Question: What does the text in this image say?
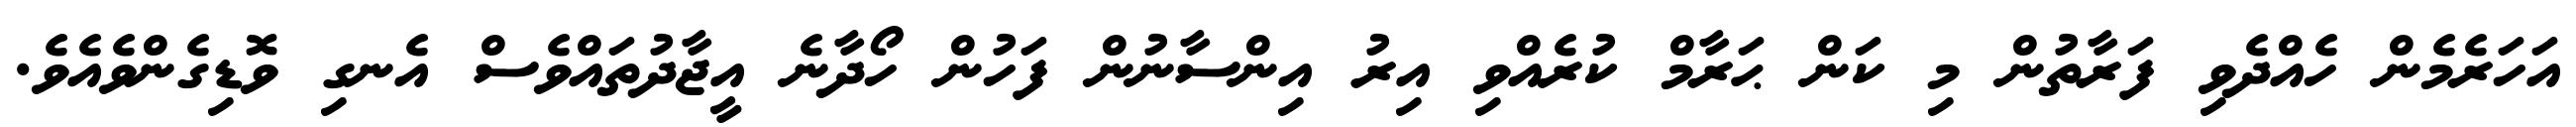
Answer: އަހަރެމެން ހެއްދެވި ފަރާތުން މި ކަން ޙަރާމް ކުރެއްވި އިރު އިންސާނުން ފަހުން ހޯދާނެ އީޖާދުތައްވެސް އެނގި ވޮޑިގެންވެއެވެ.